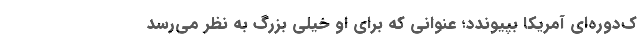
ک‌دوره‌ای آمریکا بپیوندد؛ عنوانی که برای او خیلی بزرگ به نظر می‌رسد